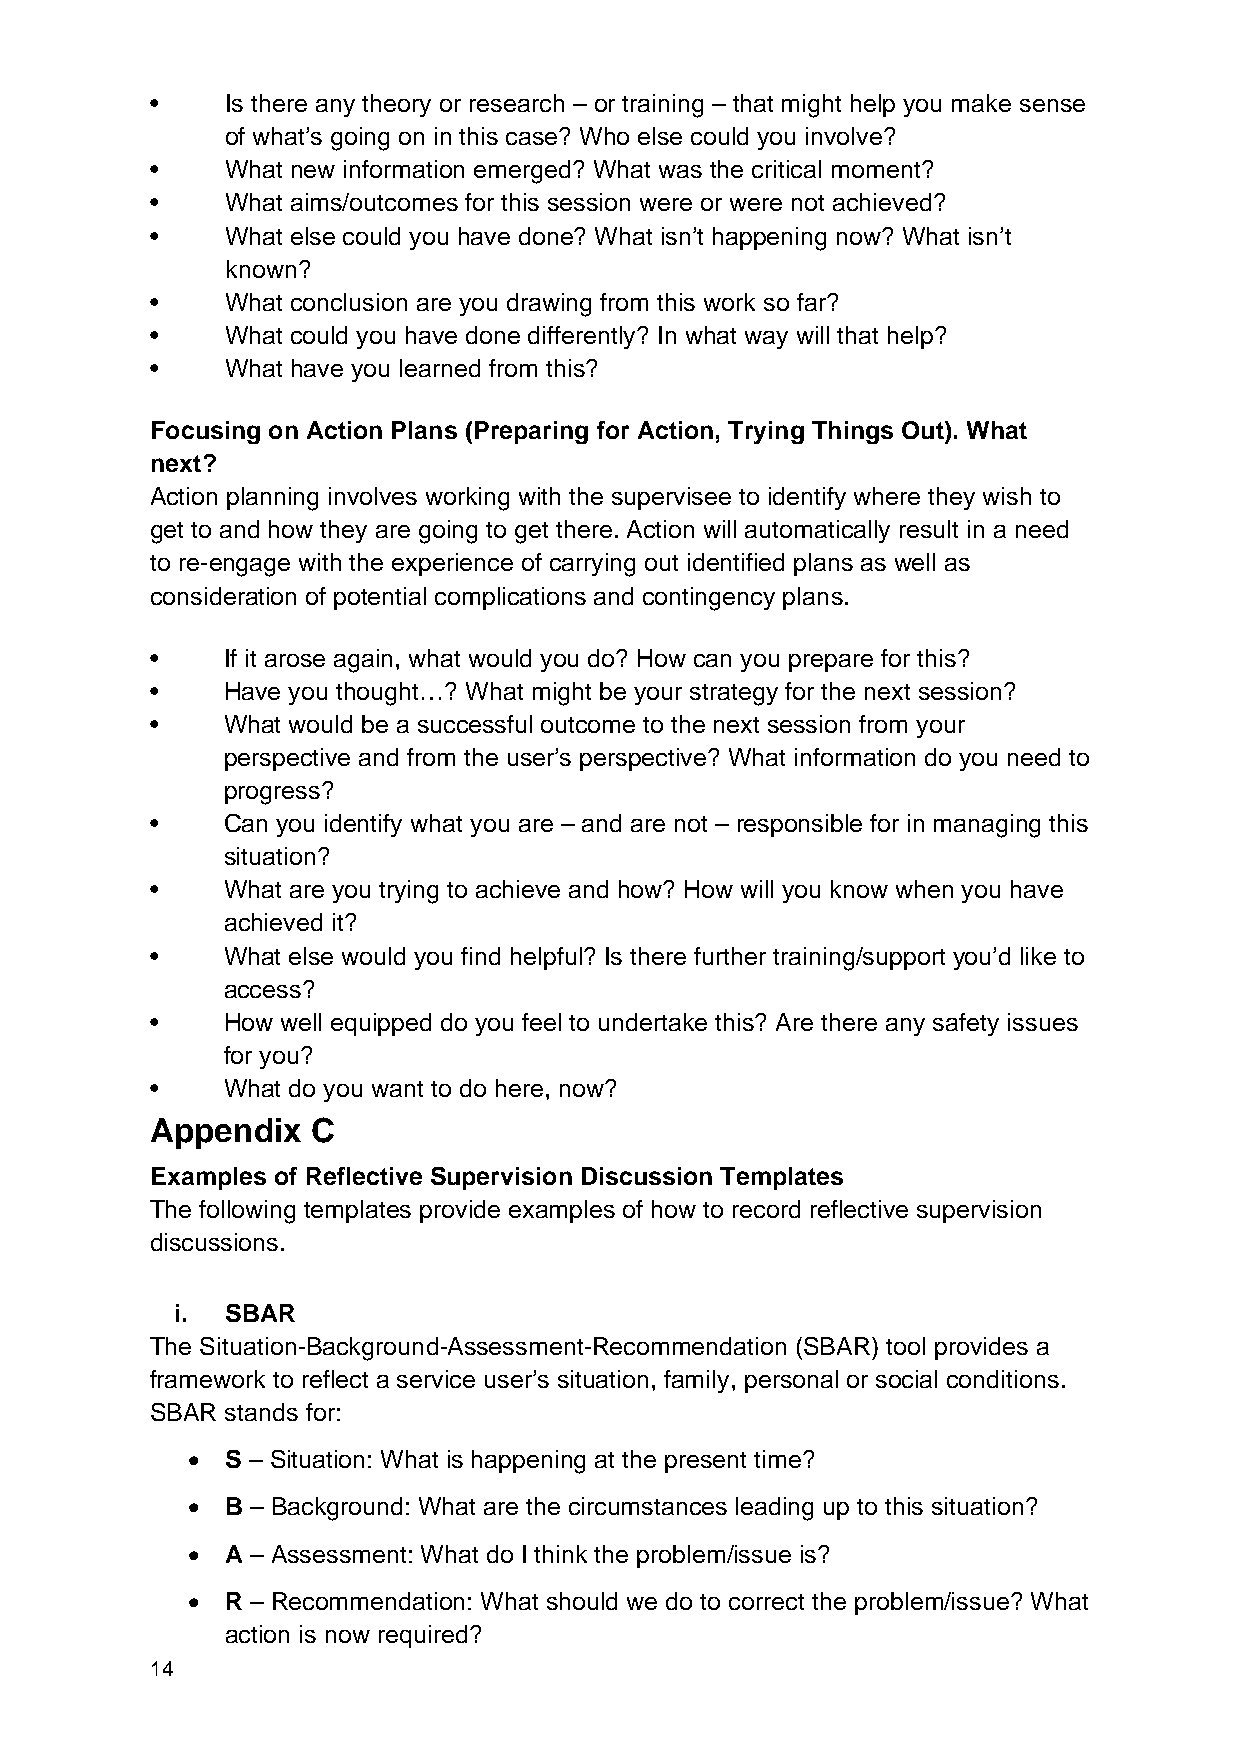
•    Is there any theory or research – or training – that might help you make sense
 of what’s going on in this case? Who else could you involve?
 •    What new information emerged? What was the critical moment?
 •    What aims/outcomes for this session were or were not achieved?
 •    What else could you have done? What isn’t happening now? What isn’t
 known?
 •    What conclusion are you drawing from this work so far?
 •    What could you have done differently? In what way will that help?
 •    What have you learned from this?
 Focusing on Action Plans (Preparing for Action, Trying Things Out). What
 next?
 Action planning involves working with the supervisee to identify where they wish to
 get to and how they are going to get there. Action will automatically result in a need
 to re-engage with the experience of carrying out identified plans as well as
 consideration of potential complications and contingency plans.
 •    If it arose again, what would you do? How can you prepare for this?
 •    Have you thought…? What might be your strategy for the next session?
 •    What would be a successful outcome to the next session from your
 perspective and from the user’s perspective? What information do you need to
 progress?
 •    Can you identify what you are – and are not – responsible for in managing this
 situation?
 •    What are you trying to achieve and how? How will you know when you have
 achieved it?
 •    What else would you find helpful? Is there further training/support you’d like to
 access?
 •    How well equipped do you feel to undertake this? Are there any safety issues
 for you?
 •    What do you want to do here, now?
 Appendix   C
 Examples of Reflective Supervision Discussion Templates
 The following templates provide examples of how to record reflective supervision
 discussions.
 i.  SBAR
 The Situation-Background-Assessment-Recommendation (SBAR) tool provides a
 framework to reflect a service user’s situation, family, personal or social conditions.
 SBAR stands for:
 •  S – Situation: What is happening at the present time?
 •  B – Background: What are the circumstances leading up to this situation?
 •  A – Assessment: What do I think the problem/issue is?
 •  R – Recommendation: What should we do to correct the problem/issue? What
 action is now required?
 14